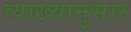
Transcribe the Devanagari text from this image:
व्याख्यानुसार